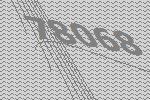
78068